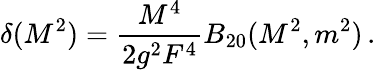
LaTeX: \delta(M^{2})=\frac{M^{4}}{2g^{2}F^{4}}B_{20}(M^{2},m^{2})\, .